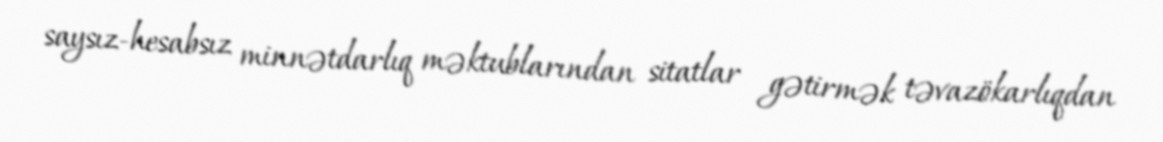
saysız-hesabsız minnətdarlıq məktublarından sitatlar gətirmək təvazökarlıqdan